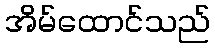
အိမ်ထောင်သည်